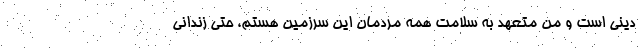
دینی است و من متعهد به سلامت همه مردمان این سرزمین هستم، حتی زندانی